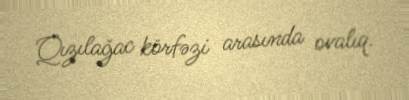
Qızılağac körfəzi arasında ovalıq.